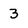
Character: 3